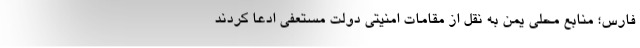
فارس؛ منابع محلی یمن به نقل از مقامات امنیتی دولت مستعفی ادعا کردند